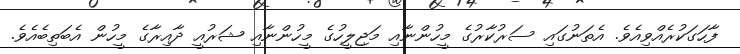
ފާހަގަކުރެއްވިއެވެ. އެތަނުގައި ސަރުކާރުގެ މީހުންނާއި މަޖިލީހުގެ މީހުންނާއި ޝަރުއީ ދާއިރާގެ މީހުން އެބަތިބެއެވެ.